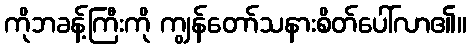
ကိုဘခန့်ကြီးကို ကျွန်တော်သနားစိတ်ပေါ်လာ၏။